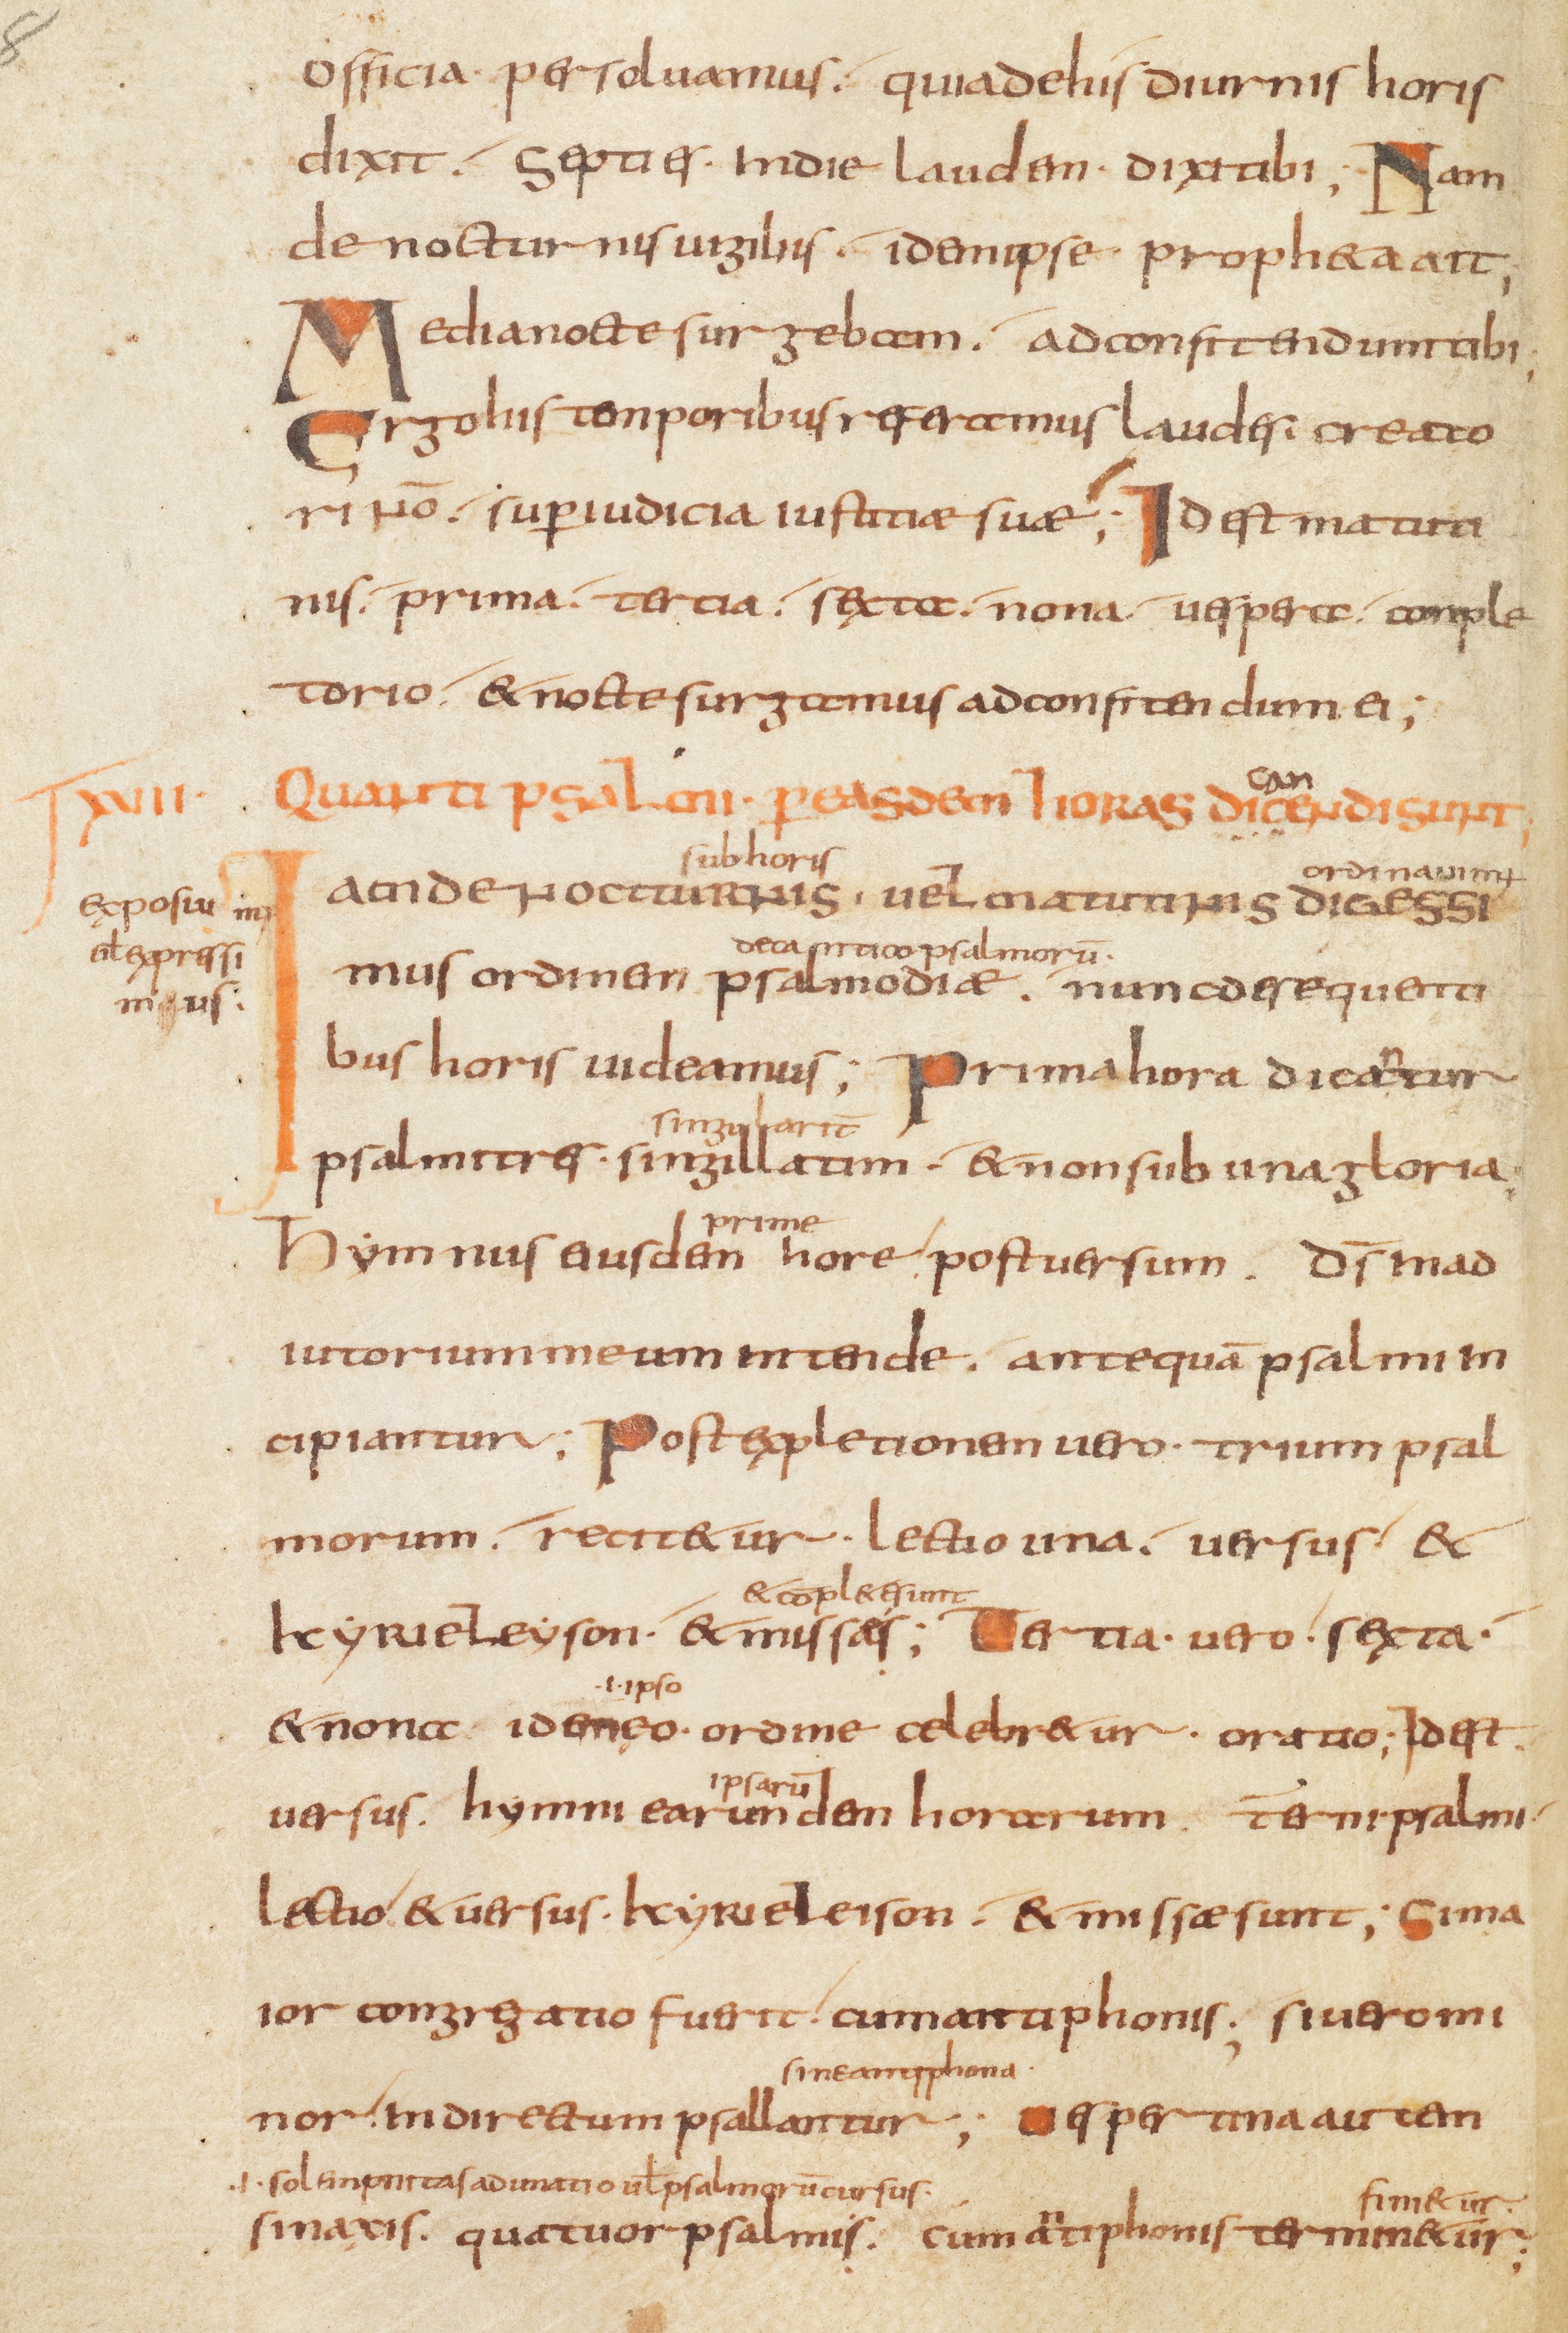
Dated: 800–849